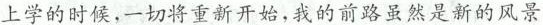
上学的时候，一切将重新开始，我的前路虽然是新的风景